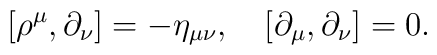
[\rho^\mu,\partial_\nu]=-\eta_{\mu\nu},\quad[\partial_\mu,\partial_\nu]=0.